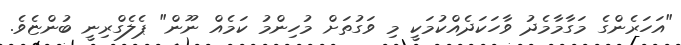
"އަހަރެންގެ މަގާމާމެދު ވާހަކަދެއްކުމަކީ މި ވަގުތަށް މުހިންމު ކަމެއް ނޫން" ޕެލެގްރިނީ ބުންޏެވެ.